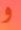
و